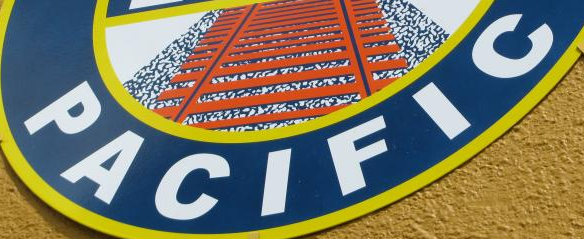
PACIFIC